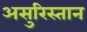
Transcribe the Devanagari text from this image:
असुरिस्तान